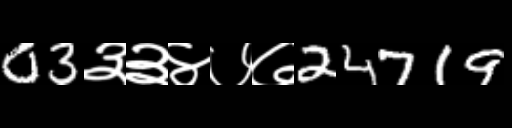
Text: 03३३४७७24719